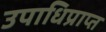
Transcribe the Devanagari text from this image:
उपाधिप्राप्त